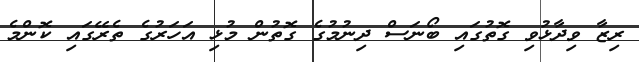
ރިޒާ ވިދާޅުވި ގޮތުގައި ބޯނަސް ދިނުމުގެ ގޮތުން މުޅި އަހަރުގެ ތެރޭގައި ކޮންމެ